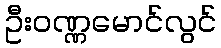
ဦးဝဏ္ဏမောင်လွင်